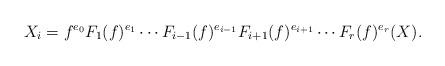
LaTeX: \begin{align*}X_{i}=f^{e_{0}}F_{1}(f)^{e_{1}}\cdots F_{i-1}(f)^{e_{i-1}} F_{i+1}(f)^{e_{i+1}}\cdots F_{r}(f)^{e_{r}}(X).\end{align*}